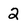
Character: 2